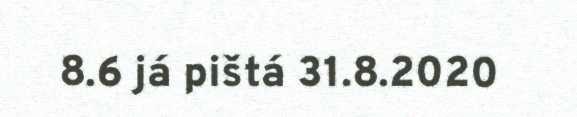
8.6 já pištá 31.8.2020